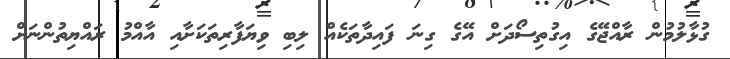
ގުޅާލުމުން ރާއްޖޭގެ އިގުތިސޯދަށް އޭގެ ގިނަ ފައިދާތަކެއް ލިބި ވިޔަފާރިތަކަށާއި އާއްމު ރައްޔިތުންނަށް